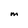
Character: M